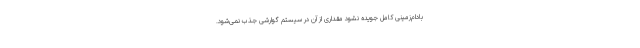
بادام‌زمینی کامل جویده نشود مقداری از آن در سیستم گوارشی جذب نمی‌شود.